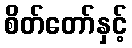
စိတ်တော်နှင့်